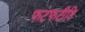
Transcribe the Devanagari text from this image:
फटफटीहि